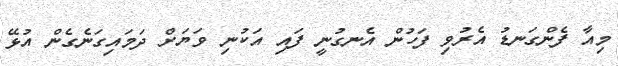
މިއާ ފެންގަނޑު އެރުވި ފަހުން އެނގުނީ ފައި އަކުނި ވަޔަށް ދަމައިގަނެގެން އުޅޭ